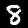
Digit: 8